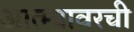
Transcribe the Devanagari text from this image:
आत्म्यावरची